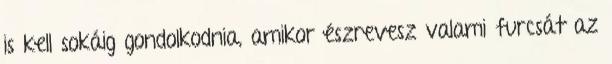
is kell sokáig gondolkodnia, amikor észrevesz valami furcsát az